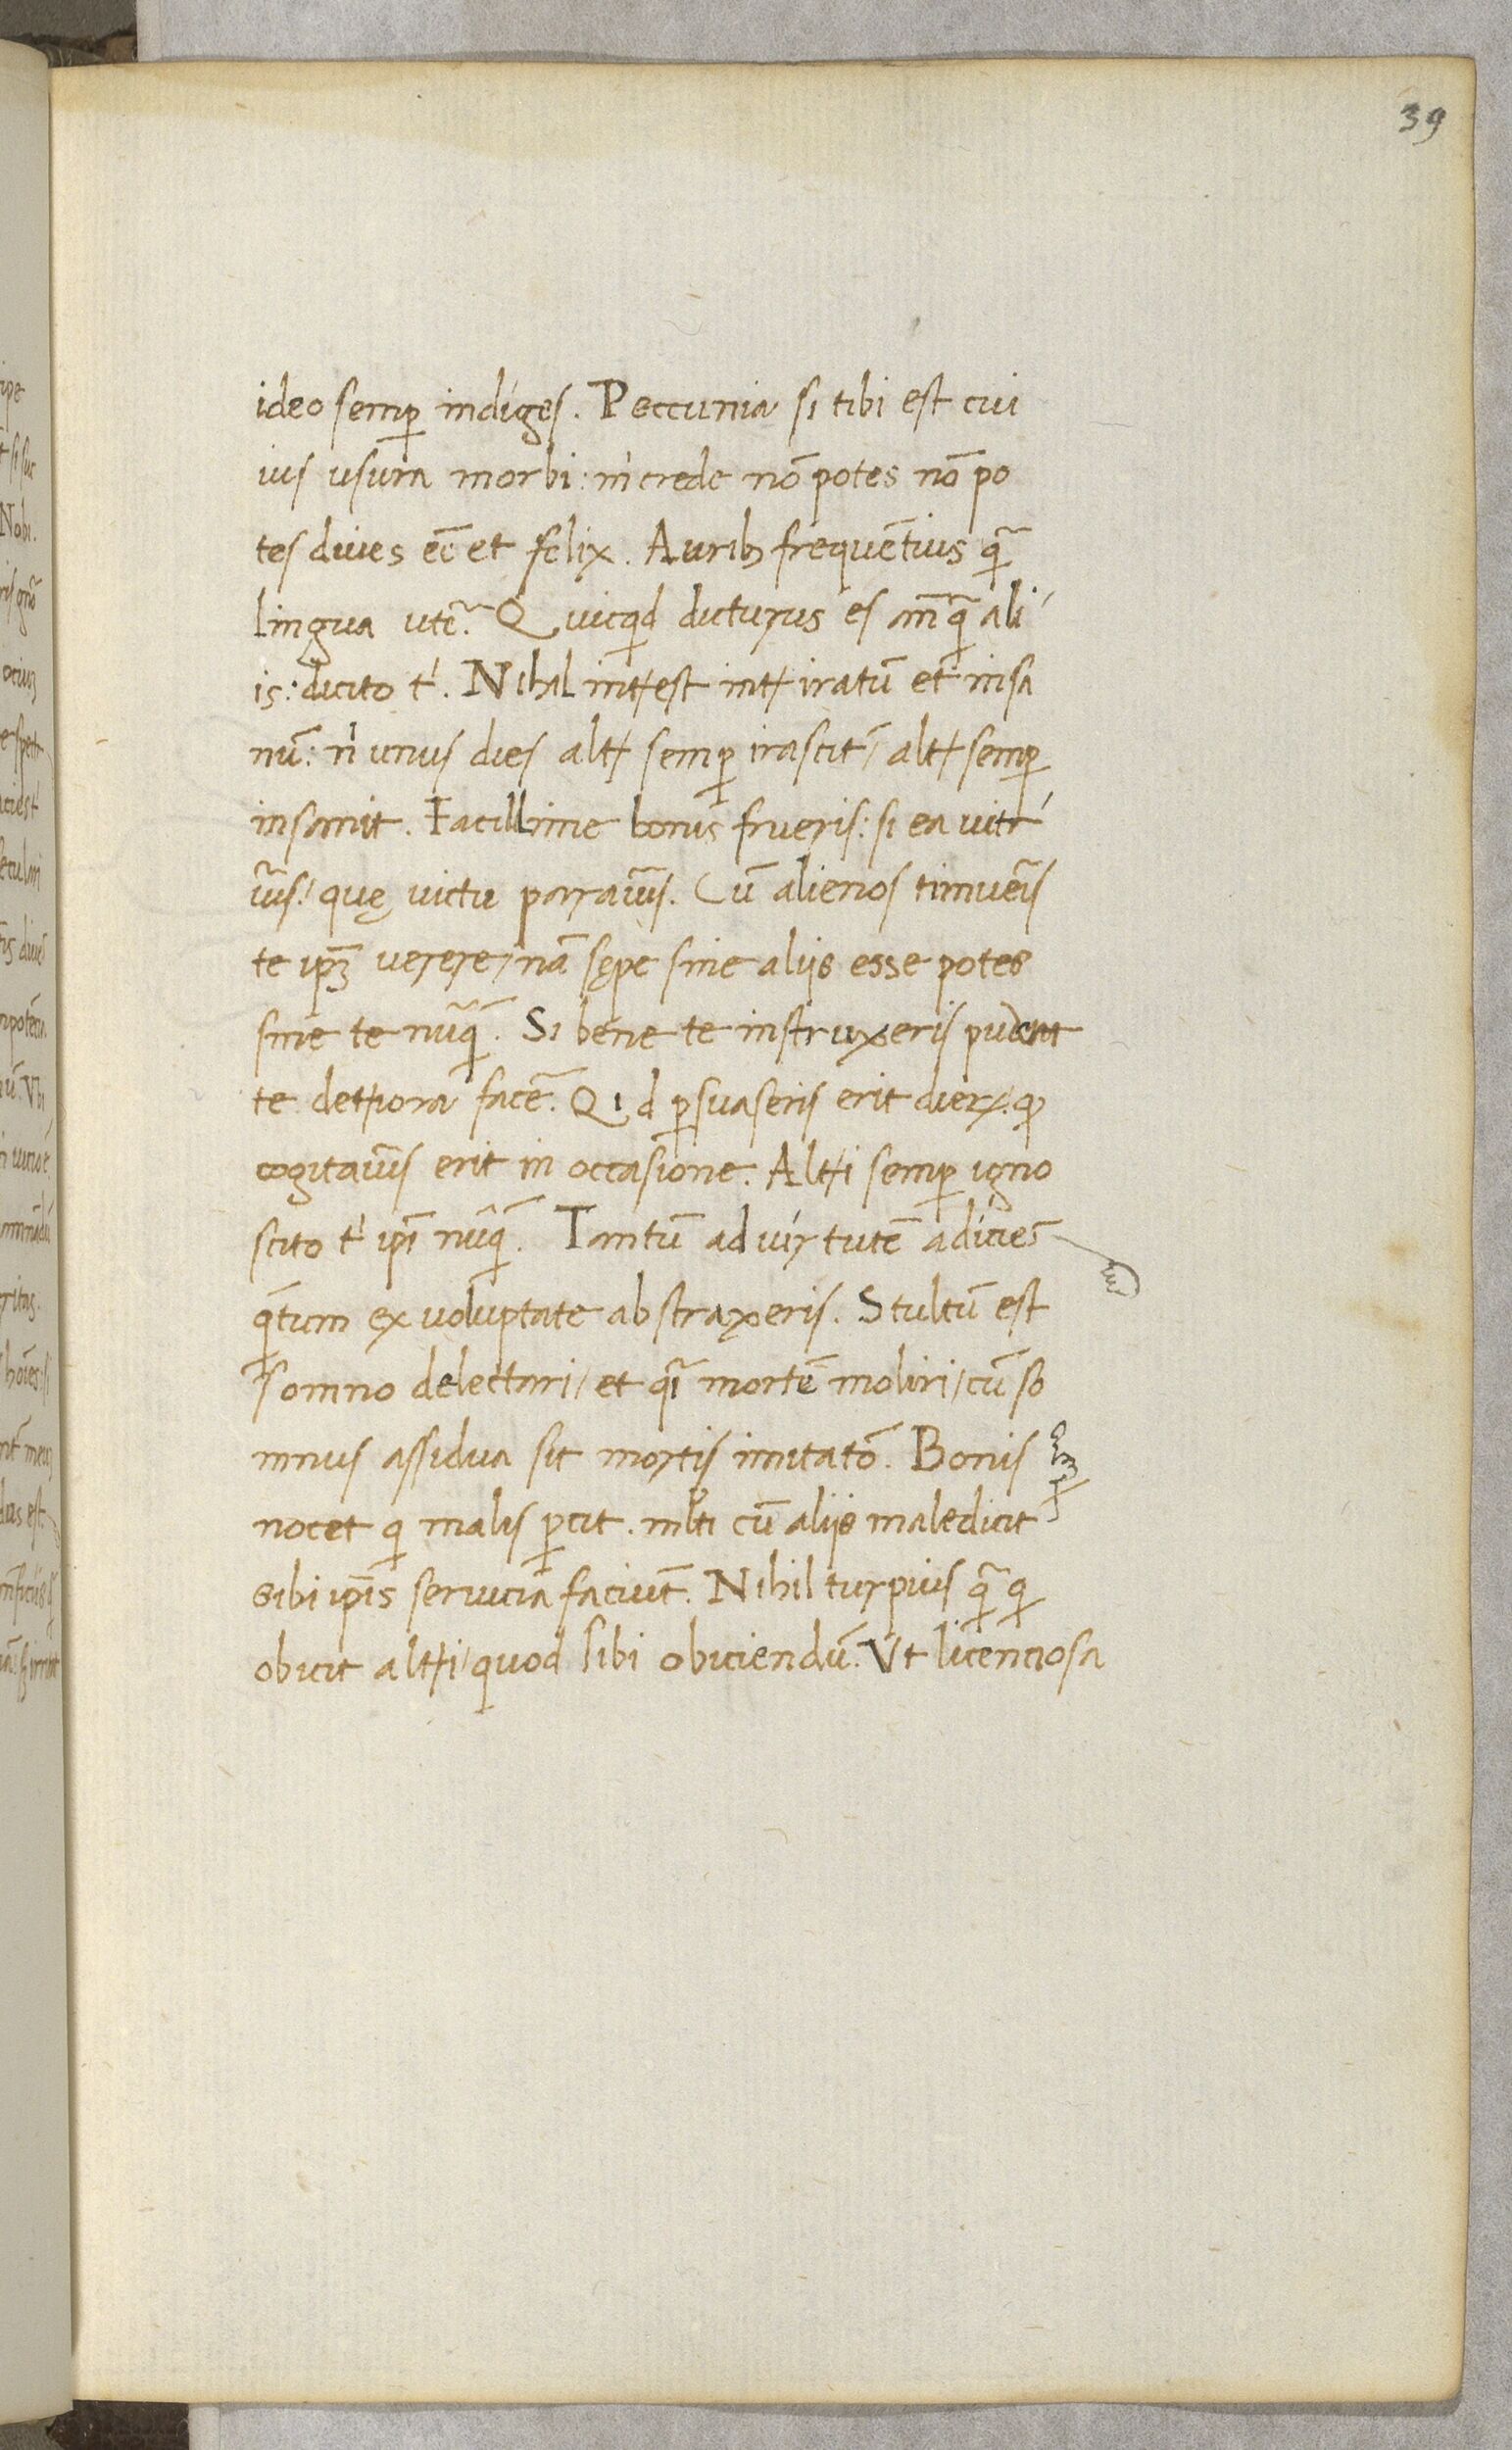
Shelfmark: Paris, BnF, NAL 632
Century: 15